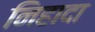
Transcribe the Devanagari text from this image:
निहादा